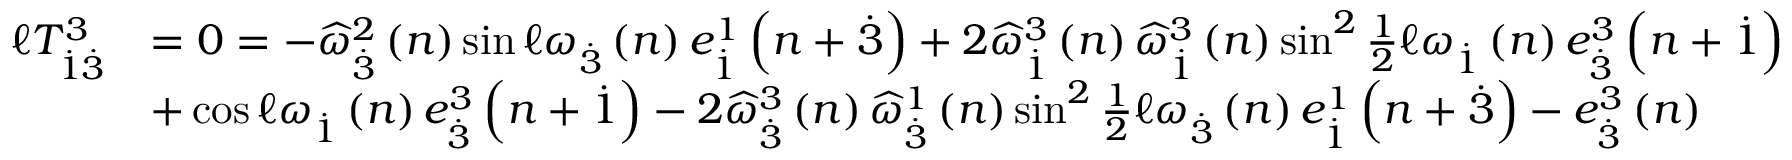
\begin{array} { r l } { \mathcal { \ell } T _ { \overset { . } { 1 } \overset { . } { 3 } } ^ { 3 } } & { = 0 = - \widehat { \omega } _ { \overset { . } { 3 } } ^ { 2 } \left( n \right) \sin \mathcal { \ell } \omega _ { \overset { . } { 3 } } \left( n \right) e _ { \overset { . } { 1 } } ^ { 1 } \left( n + \overset { . } { 3 } \right) + 2 \widehat { \omega } _ { \overset { . } { 1 } } ^ { 3 } \left( n \right) \widehat { \omega } _ { \overset { . } { 1 } } ^ { 3 } \left( n \right) \sin ^ { 2 } \frac { 1 } { 2 } \mathcal { \ell } \omega _ { \overset { . } { 1 } } \left( n \right) e _ { \overset { . } { 3 } } ^ { 3 } \left( n + \overset { . } { 1 } \right) } \\ & { + \cos \mathcal { \ell } \omega _ { \overset { . } { 1 } } \left( n \right) e _ { \overset { . } { 3 } } ^ { 3 } \left( n + \overset { . } { 1 } \right) - 2 \widehat { \omega } _ { \overset { . } { 3 } } ^ { 3 } \left( n \right) \widehat { \omega } _ { \overset { . } { 3 } } ^ { 1 } \left( n \right) \sin ^ { 2 } \frac { 1 } { 2 } \mathcal { \ell } \omega _ { \overset { . } { 3 } } \left( n \right) e _ { \overset { . } { 1 } } ^ { 1 } \left( n + \overset { . } { 3 } \right) - e _ { \overset { . } { 3 } } ^ { 3 } \left( n \right) } \end{array}